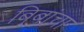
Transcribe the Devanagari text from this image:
बिबांचा